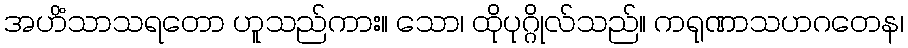
အဟိံသာသရတော ဟူသည်ကား။ သော၊ ထိုပုဂ္ဂိုလ်သည်။ ကရုဏာသဟဂတေန၊